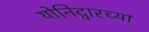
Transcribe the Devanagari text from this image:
योनिद्वारच्या